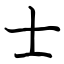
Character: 士